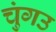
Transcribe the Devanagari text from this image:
चुंगउ